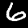
Digit: 6